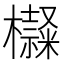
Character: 𣟍